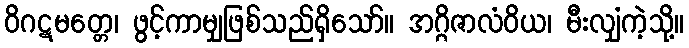
ဝိဂဋမတ္တေ၊ ဖွင့်ကာမျှဖြစ်သည်ရှိသော်။ အဂ္ဂိဇာလံဝိယ၊ မီးလျှံကဲ့သို့။